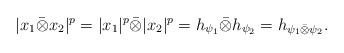
LaTeX: \begin{align*}|x_1\bar{\otimes}x_2|^p = |x_1|^p\bar{\otimes}|x_2|^p = h_{\psi_1}\bar{\otimes}h_{\psi_2} = h_{\psi_1\bar{\otimes}\psi_2}. \end{align*}